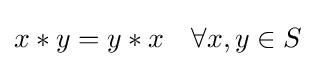
x*y=y*x\quad \forall x,y\in S